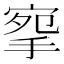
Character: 𢮘